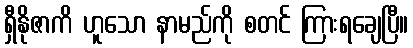
ရှီနိုဇာကိ ဟူသော နာမည်ကို စတင် ကြားရချေပြီ။